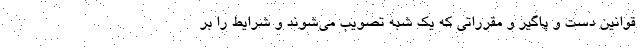
قوانین دست و پاگیر و مقرراتی که یک شبه تصویب می‌شوند و شرایط را بر